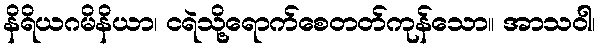
နိရိယဂမိနိယာ၊ ငရဲသို့ရောက်စေတတ်ကုန်သော။ အာသဝါ၊